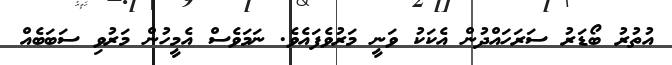
އުތުރު ބޯޑަރު ސަރަހައްދުން އެކަކު ވަނީ މަރުވެފައެވެ. ނަމަވެސް އެމީހުން މަރުވި ސަބަބެއް